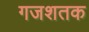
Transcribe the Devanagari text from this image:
गजशतक